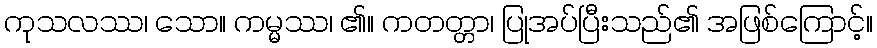
ကုသလဿ၊ သော။ ကမ္မဿ၊ ၏။ ကတတ္တာ၊ ပြုအပ်ပြီးသည်၏ အဖြစ်ကြောင့်။